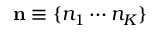
{ \bf n } \equiv \{ n _ { 1 } \cdots n _ { K } \}